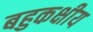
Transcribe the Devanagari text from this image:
बहुकक्षीय